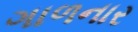
ગાળનાર